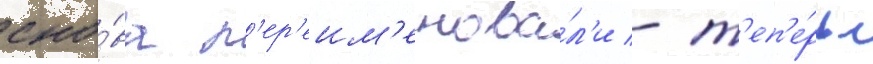
сно́ва п'ер'еим'енова́л'и - т'еп'е́рь